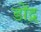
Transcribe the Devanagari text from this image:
डोंद्र